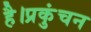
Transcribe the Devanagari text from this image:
है।प्रकुंचन